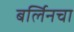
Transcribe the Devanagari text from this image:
बर्लिनचा